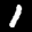
Label: 1